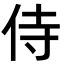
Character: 侍